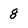
Character: 8